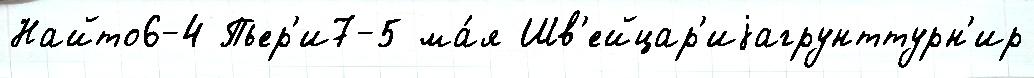
Найто6-4 Пьер'и7-5 ма́я Шв'ейцар'иjагрунттурн'ир